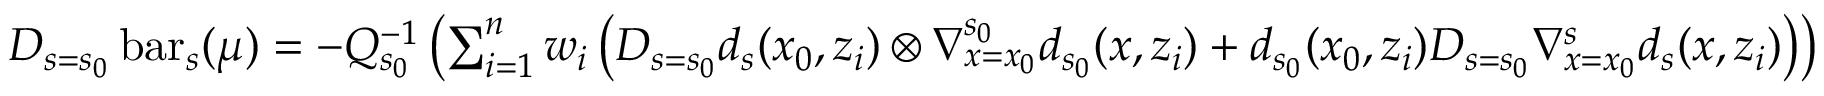
\begin{array} { r } { D _ { s = s _ { 0 } } \operatorname { b a r } _ { s } ( \mu ) = - Q _ { s _ { 0 } } ^ { - 1 } \left( \sum _ { i = 1 } ^ { n } w _ { i } \left( D _ { s = s _ { 0 } } d _ { s } ( x _ { 0 } , z _ { i } ) \otimes \nabla _ { x = x _ { 0 } } ^ { s _ { 0 } } d _ { s _ { 0 } } ( x , z _ { i } ) + d _ { s _ { 0 } } ( x _ { 0 } , z _ { i } ) D _ { s = s _ { 0 } } \nabla _ { x = x _ { 0 } } ^ { s } d _ { s } ( x , z _ { i } ) \right) \right) } \end{array}